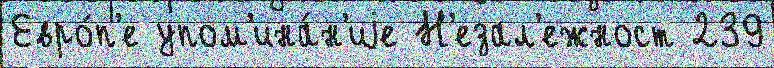
Евро́п'е упом'ина́н'иjе Н'езал'ежност 239